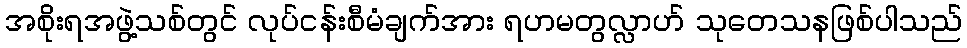
အစိုးရအဖွဲ့သစ်တွင် လုပ်ငန်းစီမံချက်အား ရဟမတွလ္လာဟ် သုတေသနဖြစ်ပါသည်